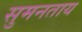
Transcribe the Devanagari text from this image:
सुमनताय